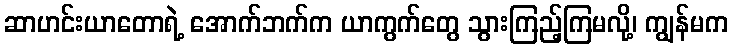
ဆာဟင်းယာတောရဲ့ အောက်ဘက်က ယာကွက်တွေ သွားကြည့်ကြမလို့၊ ကျွန်မက